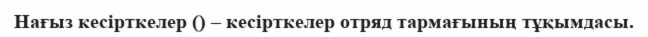
Нағыз кесірткелер () – кесірткелер отряд тармағының тұқымдасы.